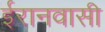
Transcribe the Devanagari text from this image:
ईरानवासी